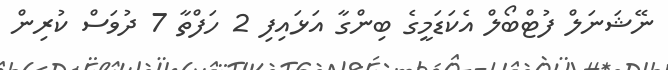
ނޭޝަނަލް ފުޓްބޯލް އެކަޑަމީގެ ބިންގާ އަޅައިފި 2 ހަފްތާ 7 ދުވަސް ކުރިން